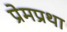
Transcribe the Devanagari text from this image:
प्रेमप्रथा